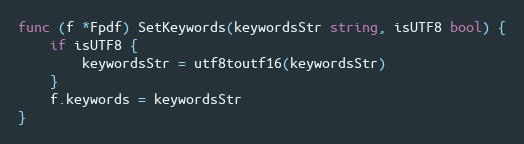
Language: Go
func (f *Fpdf) SetKeywords(keywordsStr string, isUTF8 bool) {
	if isUTF8 {
		keywordsStr = utf8toutf16(keywordsStr)
	}
	f.keywords = keywordsStr
}